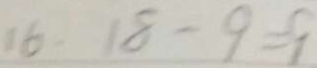
1 6 . 1 8 - 9 = 9